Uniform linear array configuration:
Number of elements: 24
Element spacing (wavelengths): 0.5
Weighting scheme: exponential
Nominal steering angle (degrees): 60
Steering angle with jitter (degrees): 58.041
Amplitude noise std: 0.05
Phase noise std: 0.05

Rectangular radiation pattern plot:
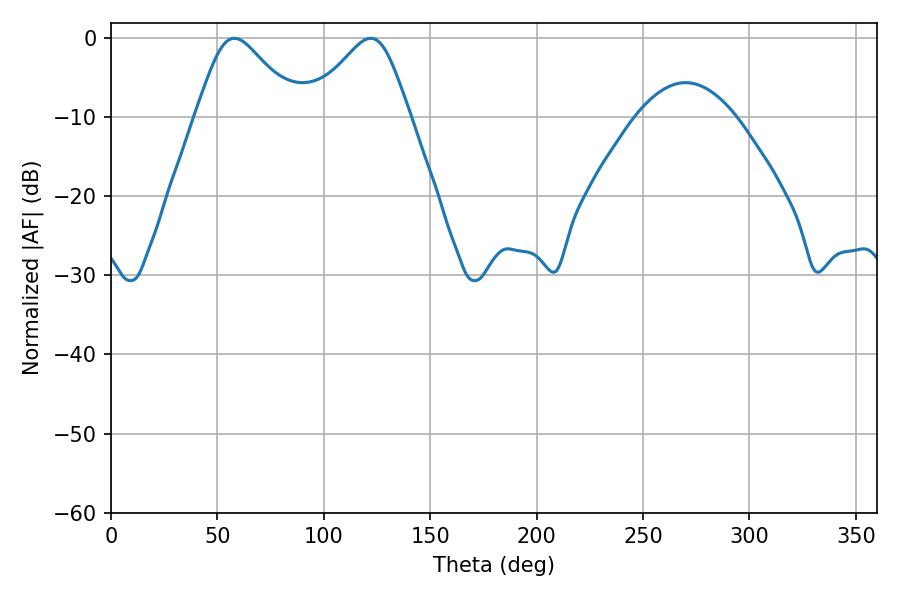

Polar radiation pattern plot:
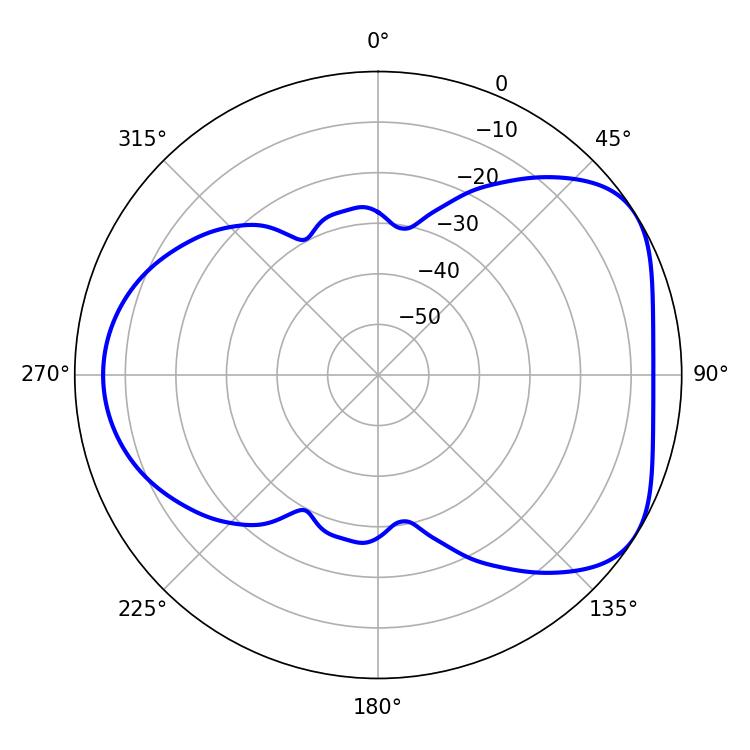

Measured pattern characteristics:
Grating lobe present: FALSE
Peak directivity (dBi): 4.924
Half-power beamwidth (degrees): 23.4
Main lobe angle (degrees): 57.96